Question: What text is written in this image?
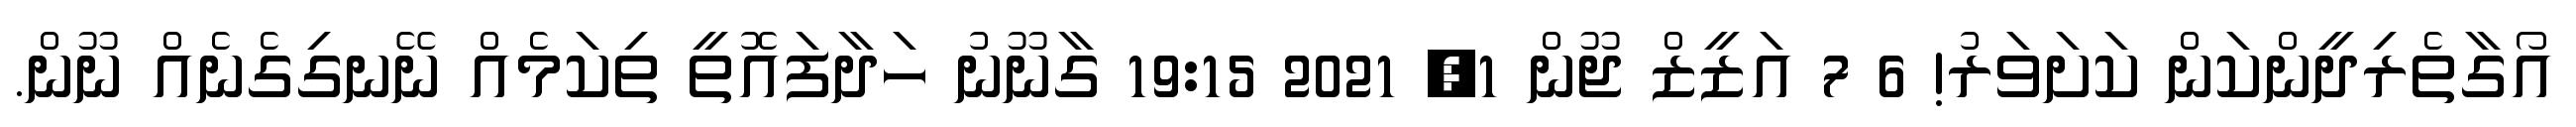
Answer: އޯގާތެރިދީންކަން ކަށަވަރު! 6 7 އަޒީޒް ޖޫން 1, 2021 19:15 ގާނޫނު ހަދާފައޮތީ ތިކަމެއް ނޭނގިގެނެއް ނޫން.